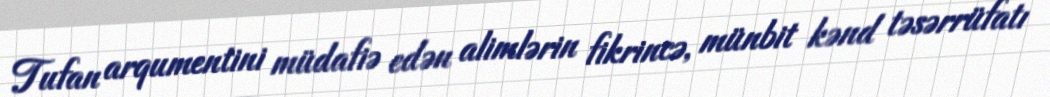
Tufan arqumentini müdafiə edən alimlərin fikrincə, münbit kənd təsərrüfatı